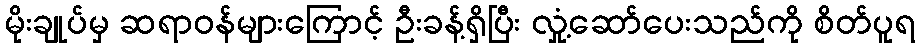
မိုးချုပ်မှ ဆရာဝန်များကြောင့် ဦးခန့်ရှိပြီး လှုံ့ဆော်ပေးသည်ကို စိတ်ပူရ